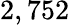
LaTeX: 2,752